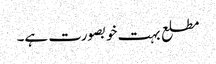
مطلع بہت خوبصورت ہے۔